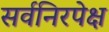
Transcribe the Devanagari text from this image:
सर्वनिरपेक्ष